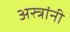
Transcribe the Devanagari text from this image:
अस्त्रांनी